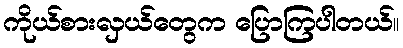
ကိုယ်စားလှယ်တွေက ပြောကြပါတယ်။